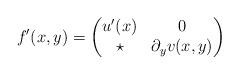
LaTeX: \begin{align*}f'(x,y)=\begin{pmatrix} u'(x) & 0\\\star & \partial_y v(x,y)\\\end{pmatrix}\end{align*}